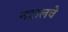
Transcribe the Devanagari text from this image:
नदालचे